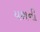
યશની